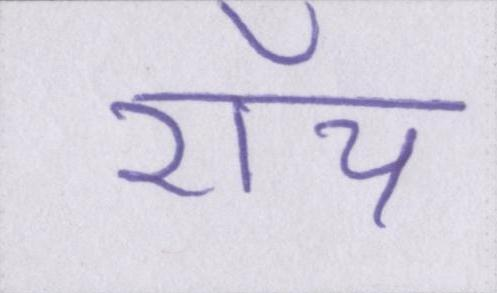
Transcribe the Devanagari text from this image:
रॉय